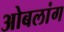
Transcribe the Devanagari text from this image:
ओबलांग